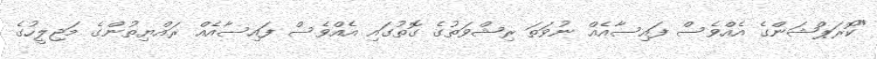
"ކޮރަޕްޝަންގެ އެއްވެސް ފައިސާއެއް ނުވަތަ ރިޝްވަތުގެ ގޮތުގައި އެއްވެސް ފައިސާއެއް ރައްޔިތުންގެ މަޖިލީހުގެ